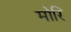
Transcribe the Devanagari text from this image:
मोरि